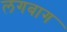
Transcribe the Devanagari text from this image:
लगबाग